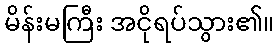
မိန်းမကြီး အငိုရပ်သွား၏။